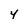
Character: y